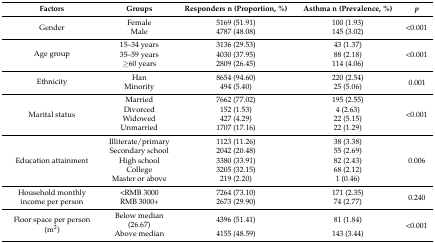
<table><thead><tr><td><b>Factors</b></td><td><b>Groups</b></td><td><b>Responders n (Proportion, %)</b></td><td><b>Asthma n (Prevalence, %)</b></td><td><b><i>p</i></b></td></tr></thead><tbody><tr><td rowspan="2">Gender</td><td>Female</td><td>5169 (51.91)</td><td>100 (1.93)</td><td rowspan="2">&lt;0.001</td></tr><tr><td>Male</td><td>4787 (48.08)</td><td>145 (3.02)</td></tr><tr><td rowspan="3">Age group</td><td>15–34 years</td><td>3136 (29.53)</td><td>43 (1.37)</td><td rowspan="3">&lt;0.001</td></tr><tr><td>35–59 years</td><td>4030 (37.95)</td><td>88 (2.18)</td></tr><tr><td>≥60 years</td><td>2809 (26.45)</td><td>114 (4.06)</td></tr><tr><td rowspan="2">Ethnicity</td><td>Han</td><td>8654 (94.60)</td><td>220 (2.54)</td><td rowspan="2">0.001</td></tr><tr><td>Minority</td><td>494 (5.40)</td><td>25 (5.06)</td></tr><tr><td rowspan="4">Marital status</td><td>Married</td><td>7662 (77.02)</td><td>195 (2.55)</td><td rowspan="4">&lt;0.001</td></tr><tr><td>Divorced</td><td>152 (1.53)</td><td>4 (2.63)</td></tr><tr><td>Widowed</td><td>427 (4.29)</td><td>22 (5.15)</td></tr><tr><td>Unmarried</td><td>1707 (17.16)</td><td>22 (1.29)</td></tr><tr><td rowspan="5">Education attainment</td><td>Illiterate/primary</td><td>1123 (11.26)</td><td>38 (3.38)</td><td rowspan="5">0.006</td></tr><tr><td>Secondary school</td><td>2042 (20.48)</td><td>55 (2.69)</td></tr><tr><td>High school</td><td>3380 (33.91)</td><td>82 (2.43)</td></tr><tr><td>College</td><td>3205 (32.15)</td><td>68 (2.12)</td></tr><tr><td>Master or above</td><td>219 (2.20)</td><td>1 (0.46)</td></tr><tr><td rowspan="2">Household monthly income per person</td><td>&lt;RMB 3000</td><td>7264 (73.10)</td><td>171 (2.35)</td><td rowspan="2">0.240</td></tr><tr><td>RMB 3000+</td><td>2673 (29.90)</td><td>74 (2.77)</td></tr><tr><td rowspan="2">Floor space per person (m<sup>2</sup>)</td><td>Below median (26.67)</td><td>4396 (51.41)</td><td>81 (1.84)</td><td rowspan="2">&lt;0.001</td></tr><tr><td>Above median</td><td>4155 (48.59)</td><td>143 (3.44)</td></tr></tbody></table>